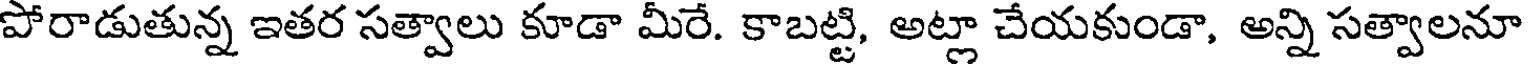
పోరాడుతున్న ఇతర సత్వాలు కూడా మీరే. కాబట్టి, అట్లా చేయకుండా, అన్ని సత్వాలనూ